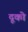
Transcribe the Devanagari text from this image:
दूको